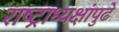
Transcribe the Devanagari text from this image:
राष्ट्राध्यक्षांपुढे